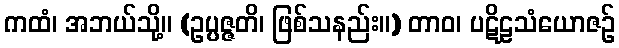
ကထံ၊ အဘယ်သို့။ (ဥပ္ပဇ္ဇတိ၊ ဖြစ်သနည်း။) တာဝ၊ ပဋိဠသံယောဇဉ်